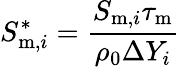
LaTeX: S_{\mathrm{m},i}^{*}=\frac{S_{\mathrm{m},i}\tau_{\mathrm{m}}}{\rho_{0}\Delta Y_{i}}